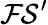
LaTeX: \mathcal{FS^{\prime}}